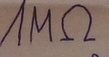
Text: 1MΩ